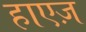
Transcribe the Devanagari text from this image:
हाएज़